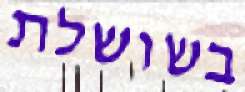
בשושלת